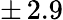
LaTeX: \pm\, 2.9